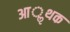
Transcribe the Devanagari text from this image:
आॢथक